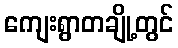
ကျေးရွာတချို့တွင်